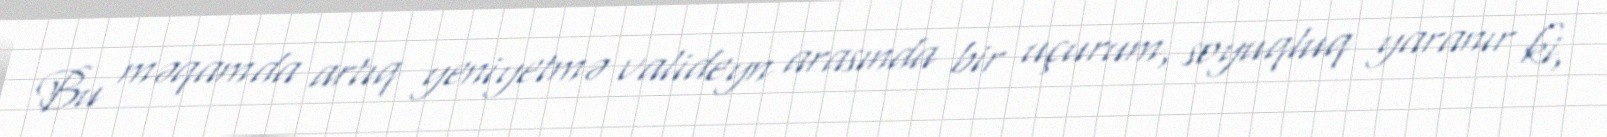
Bu məqamda artıq yeniyetmə valideyn arasında bir uçurum, soyuqluq yaranır ki,